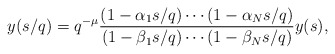
\begin{align*}y(s/q) = q^{-\mu} \frac{(1-\alpha_1 s/q) \cdots (1-\alpha_N s/q)}{(1-\beta_1 s/q) \cdots (1-\beta_N s/q)} y(s), \end{align*}